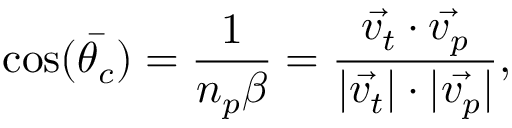
\cos ( \bar { \theta _ { c } } ) = \frac { 1 } { n _ { p } \beta } = \frac { { \vec { v _ { t } } } \cdot { \vec { v _ { p } } } } { | \vec { v _ { t } } | \cdot | \vec { v _ { p } } | } ,